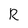
Character: R